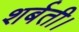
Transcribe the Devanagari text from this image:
शर्बती।